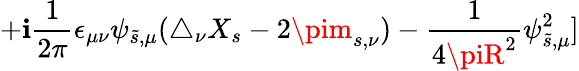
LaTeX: +\mathbf{i}{\frac{{1}}{{2\pi}}}\epsilon_{\mu\nu}\psi_{\tilde{{s}},\mu}(\triangle_{\nu}X_{s}-2\pim_{s,\nu})-{\frac{{1}}{{4\piR^{2}}}}\psi_{\tilde{{s}},\mu}^{2}]